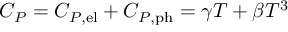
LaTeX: C _ { P } = C _ { P , \mathrm { { e l } } } + C _ { P , \mathrm { { p h } } } = \gamma T + \beta T ^ { 3 }